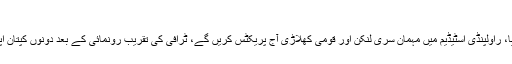
کل پہلا ٹیسٹ میچ شروع ہوگا
انتظار کی گھڑیاں ختم، پاکستان میں ٹیسٹ کرکٹ کا میلہ سج گیا، راولپنڈی اسٹیڈیم میں مہمان سری لنکن اور قومی کھلاڑی آج پریکٹس کریں گے، ٹرافی کی تقریب رونمائی کے بعد دونوں کپتان اپنے اپنے پلان بتائیں گے، کل پانچ روزہ میچ کا آغاز کریں گے۔